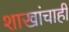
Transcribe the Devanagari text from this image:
शाखांचाही